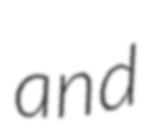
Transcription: and